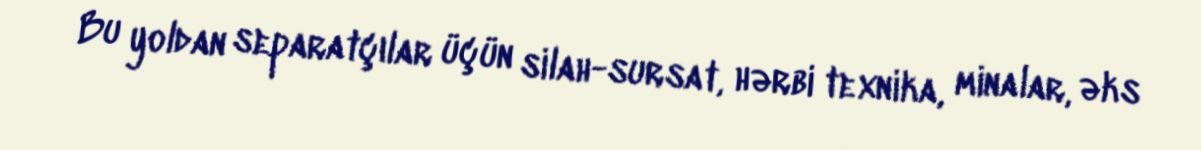
Bu yoldan separatçılar üçün silah-sursat, hərbi texnika, minalar, əks